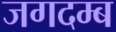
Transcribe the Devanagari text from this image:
जगदम्ब